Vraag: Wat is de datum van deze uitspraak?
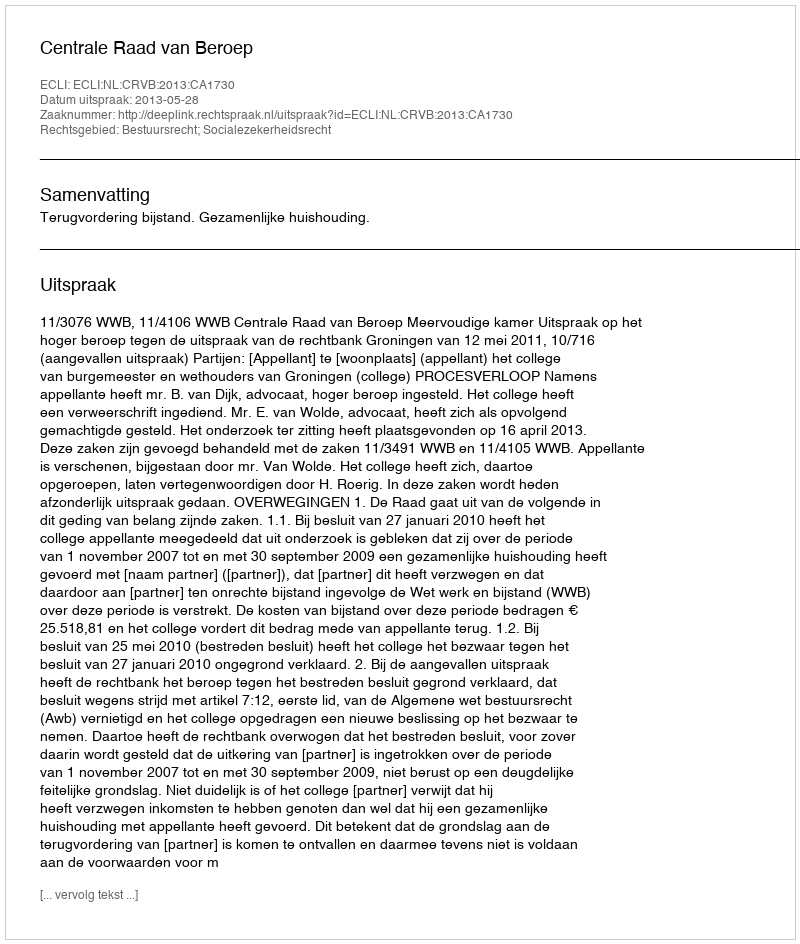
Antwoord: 2013-05-28